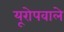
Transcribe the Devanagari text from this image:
यूरोपवाले